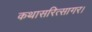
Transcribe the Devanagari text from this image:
कथासरित्सागर।